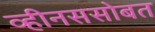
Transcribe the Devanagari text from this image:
व्हीनससोबत